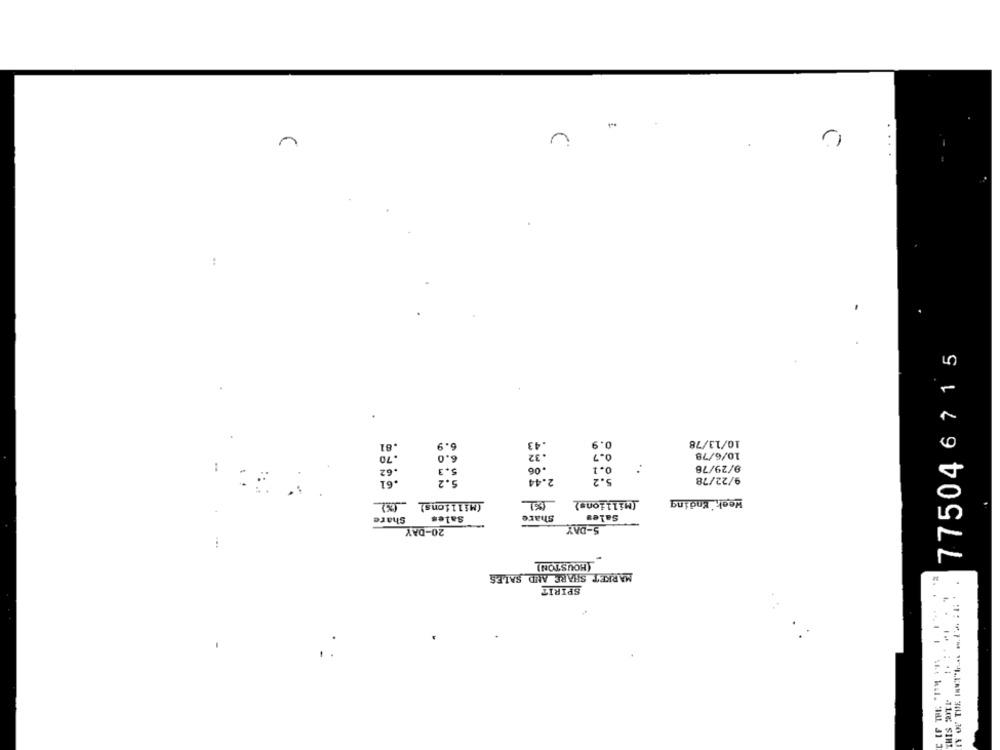
U
:
-
775046 715
.43
0.9
10/13/78
.81
6.9
.70
6.0
.32
0.7
10/6/78
9/29/76
.62
.06
.61
2.44
9/22/78
(Millions) _(%)
(Millions)
Week Ending
Share
Sales
Share
Sales
20-DAY
5-DAY
(HOUSTON)
MARKET SHARE AND SALES
SPIRIT